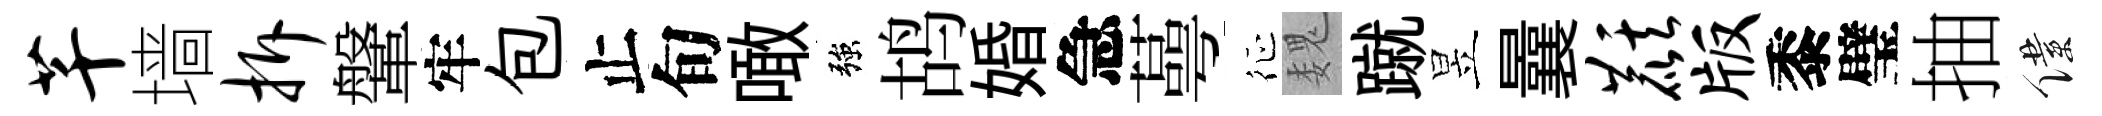
芊墙拆鞶牢包止旬噉強鸪婚急蕚征魏蹴昱曩麒版黍璧抽僕